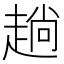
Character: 趟